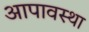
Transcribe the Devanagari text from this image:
आपावस्था